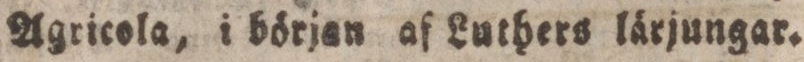
Agricola, i början af Luthers lärjungar.